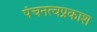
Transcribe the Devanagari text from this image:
पंचनत्वप्रकाश